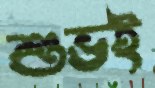
শুভই